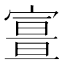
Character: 𡪏